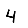
Digit: 4